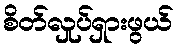
စိတ်လှုပ်ရှားဖွယ်